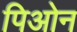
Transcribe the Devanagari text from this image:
पिओन